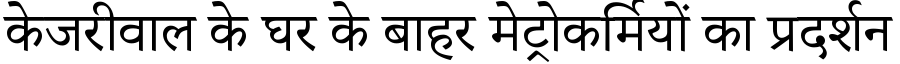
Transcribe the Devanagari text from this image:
केजरीवाल के घर के बाहर मेट्रोकर्मियों का प्रदर्शन